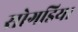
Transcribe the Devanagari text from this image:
सोगडिया